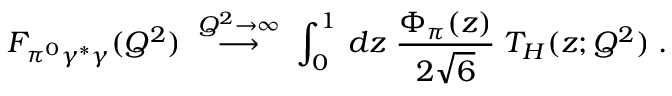
F _ { \pi ^ { 0 } \gamma ^ { * } \gamma } ( Q ^ { 2 } ) \; \stackrel { Q ^ { 2 } \rightarrow \infty } { \longrightarrow } \; \int _ { 0 } ^ { 1 } \, d z \; { \frac { \Phi _ { \pi } ( z ) } { 2 \sqrt { 6 } } } \; T _ { H } ( z ; Q ^ { 2 } ) \; .